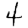
Digit: 4